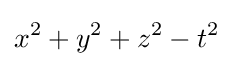
x^{2}+y^{2}+z^{2}-t^{2}